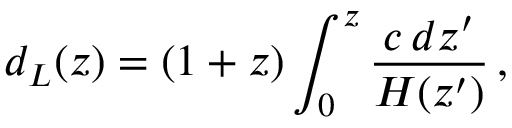
d _ { L } ( z ) = ( 1 + z ) \int _ { 0 } ^ { z } \frac { c \, d z ^ { \prime } } { H ( z ^ { \prime } ) } \, ,